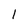
Character: 1